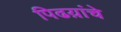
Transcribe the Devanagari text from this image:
पिढय़ांचे